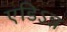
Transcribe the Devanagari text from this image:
एडिऽन्न